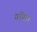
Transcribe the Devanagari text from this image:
गाँस।